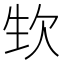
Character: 𣢡